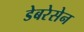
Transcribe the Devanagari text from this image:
डेबरेसेन